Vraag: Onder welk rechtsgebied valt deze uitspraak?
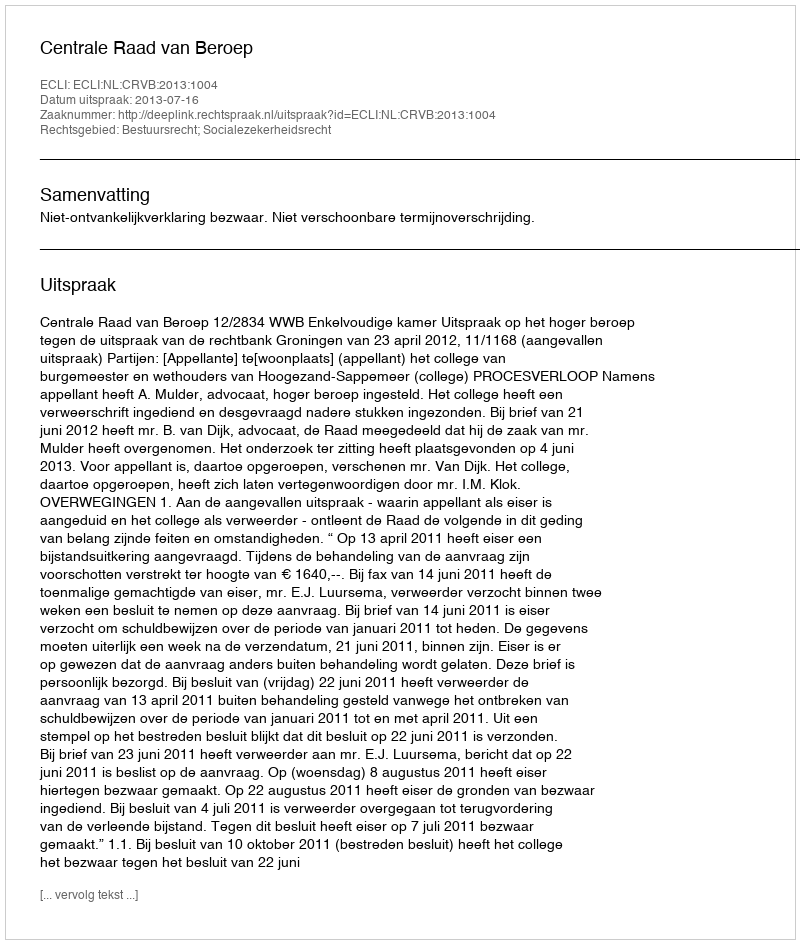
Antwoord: Bestuursrecht; Socialezekerheidsrecht